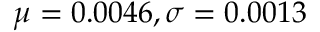
\mu = 0 . 0 0 4 6 , \sigma = 0 . 0 0 1 3